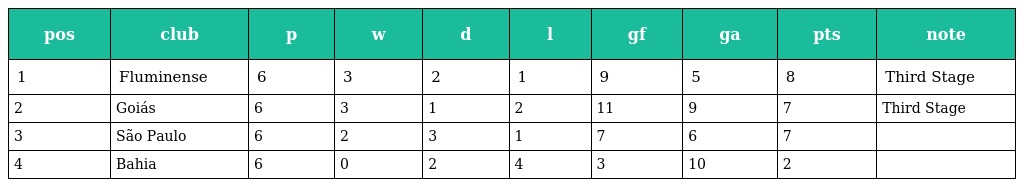
| pos | club | p | w | d | l | gf | ga | pts | note |
 | --- | --- | --- | --- | --- | --- | --- | --- | --- | --- |
 | 1 | Fluminense | 6 | 3 | 2 | 1 | 9 | 5 | 8 | Third Stage |
 | 2 | Goiás | 6 | 3 | 1 | 2 | 11 | 9 | 7 | Third Stage |
 | 3 | São Paulo | 6 | 2 | 3 | 1 | 7 | 6 | 7 |  |
 | 4 | Bahia | 6 | 0 | 2 | 4 | 3 | 10 | 2 |  |